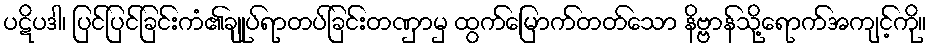
ပဋိပဒါ၊ ပြင်ပြင်ခြင်းကံ၏ချုပ်ရာတပ်ခြင်းတဏှာမှ ထွက်မြောက်တတ်သော နိဗ္ဗာန်သို့ရောက်အကျင့်ကို။